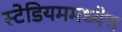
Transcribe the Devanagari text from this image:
स्टेडियममध्येच